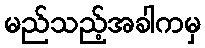
မည်သည့်အခါကမှ